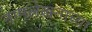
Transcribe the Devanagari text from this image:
नामलेखनाच्या